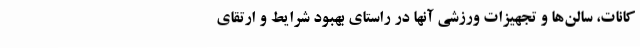
کانات، سالن‌ها و تجهیزات ورزشی آنها در راستای بهبود شرایط و ارتقای